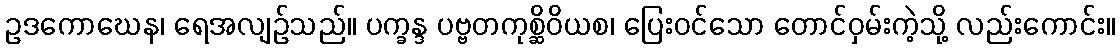
ဥဒကောဃေန၊ ရေအလျဉ်သည်။ ပက္ခန္ဒ ပဗ္ဗတကုစ္ဆိဝိယစ၊ ပြေးဝင်သော တောင်ဝှမ်းကဲ့သို့ လည်းကောင်း။